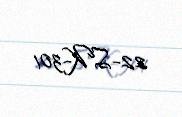
22-SK-301